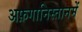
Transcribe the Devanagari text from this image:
अफ़गानिस्तानमें